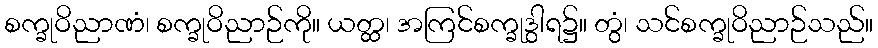
စက္ခုဝိညာဏံ၊ စက္ခုဝိညာဉ်ကို။ ယတ္ထ၊ အကြင်စက္ခုဒွါရ၌။ တွံ၊ သင်စက္ခုဝိညာဉ်သည်။